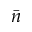
\bar { n }